Report of the Municipal Commissioner on the plague in Bombay for the year ending 31st May... - Volume 3
Disease focus: Plague
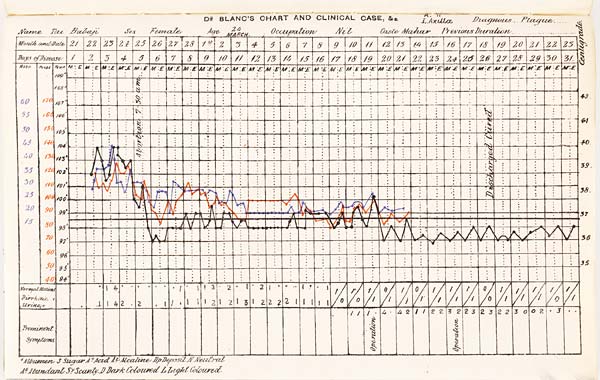
DR. BLANC'S CHART AND CLINICAL CASE, &c.
Diagnosis
Name
Sex
Age
Occupation
Caste
Previous
Duration
+A. Albumen S. Sugar Ac. Acid Al. Alcatine Dp. Deposit N. Neutral
Ab. Abundant Sy. Scanty D. Dark Coloured L. Light Coloured.